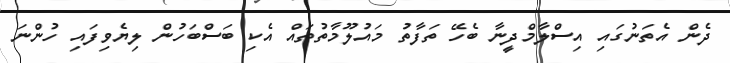
ދެން އެތަނުގައި އިސްލާމްދީނާ ބެހޭ ތަފާތު މައުލޫމާތުތައް އެކި ބަސްބަހުން ލިޔެވިފައި ހުންނަ